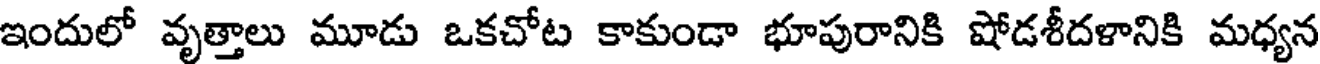
ఇందులో వృత్తాలు మూడు ఒకచోట కాకుండా భూపురానికి షోడశీదళానికి మధ్యన